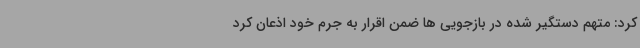
کرد: متهم دستگیر شده در بازجویی ها ضمن اقرار به جرم خود اذعان کرد